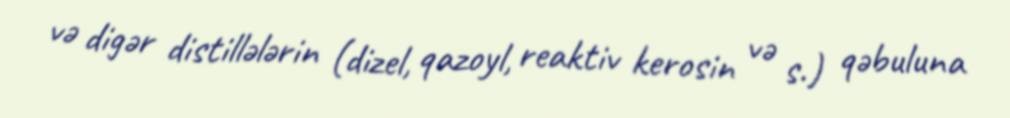
və digər distillələrin (dizel, qazoyl, reaktiv kerosin və s.) qəbuluna